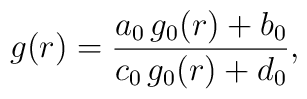
g(r) = { a_0 \, g_0(r) + b_0 \over c_0 \, g_0(r) + d_0 },